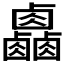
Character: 𠨋